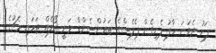
ފަހު ދެވަނަ ހާފު ފެށިގެން ޕެލެސްގެ ޓައުންސެންޑް ވަނީ ގޯލެއް ޖަހައި މެޗުގެ